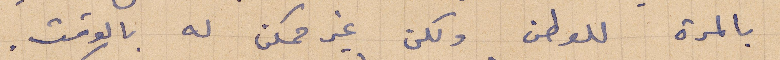
بالمرة للوطن لكن غير ممكن له بالوقت.